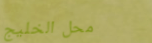
محل الخليج